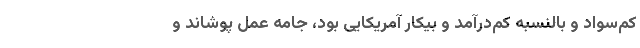
کم‌سواد و بالنسبه کم‌درآمد و بیکار آمریکایی بود، جامه عمل پوشاند و